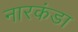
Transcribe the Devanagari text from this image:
नारकंडा